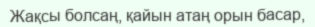
Жақсы болсаң, қайын атаң орын басар,